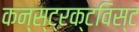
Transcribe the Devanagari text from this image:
कन्स्ट्रक्टविस्ट